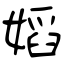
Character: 嫍